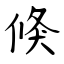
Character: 倏